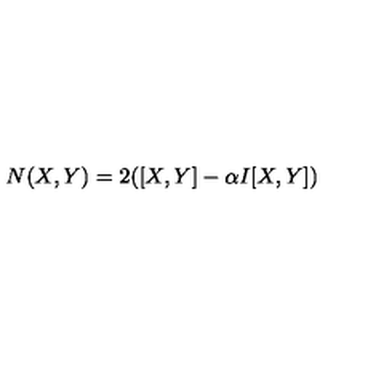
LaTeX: N ( X , Y ) = 2 ( [ X , Y ] - \alpha I [ X , Y ] )